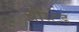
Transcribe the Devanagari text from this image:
ब्रोस्टेड